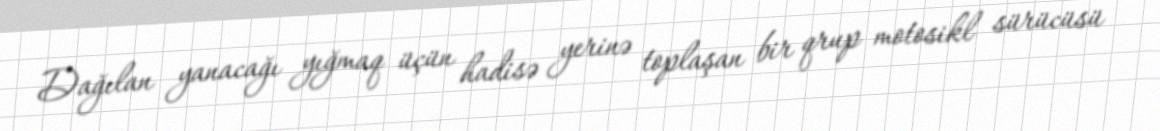
Dağılan yanacağı yığmaq üçün hadisə yerinə toplaşan bir qrup motosikl sürücüsü